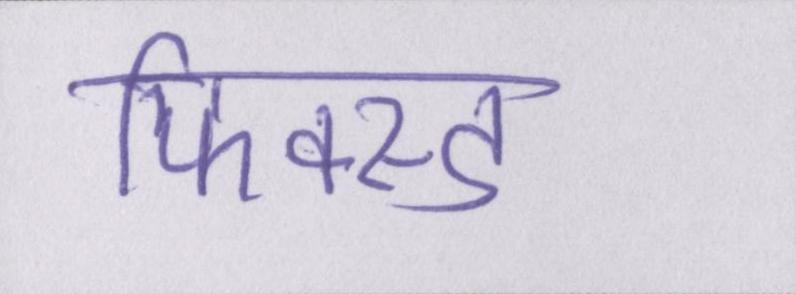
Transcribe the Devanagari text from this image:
फिक्स्ड